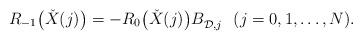
LaTeX: \begin{align*} R_{-1}\bigl(\check{X}(j)\bigr)= -R_0\bigl(\check{X}(j)\bigr)B^{}_{\mathcal{D},j} \ \ (j=0,1,\ldots,N). \end{align*}